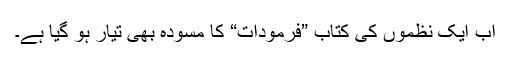
اب ایک نظموں کی کتاب ”فرمودات“ کا مسودہ بھی تیار ہو گیا ہے۔